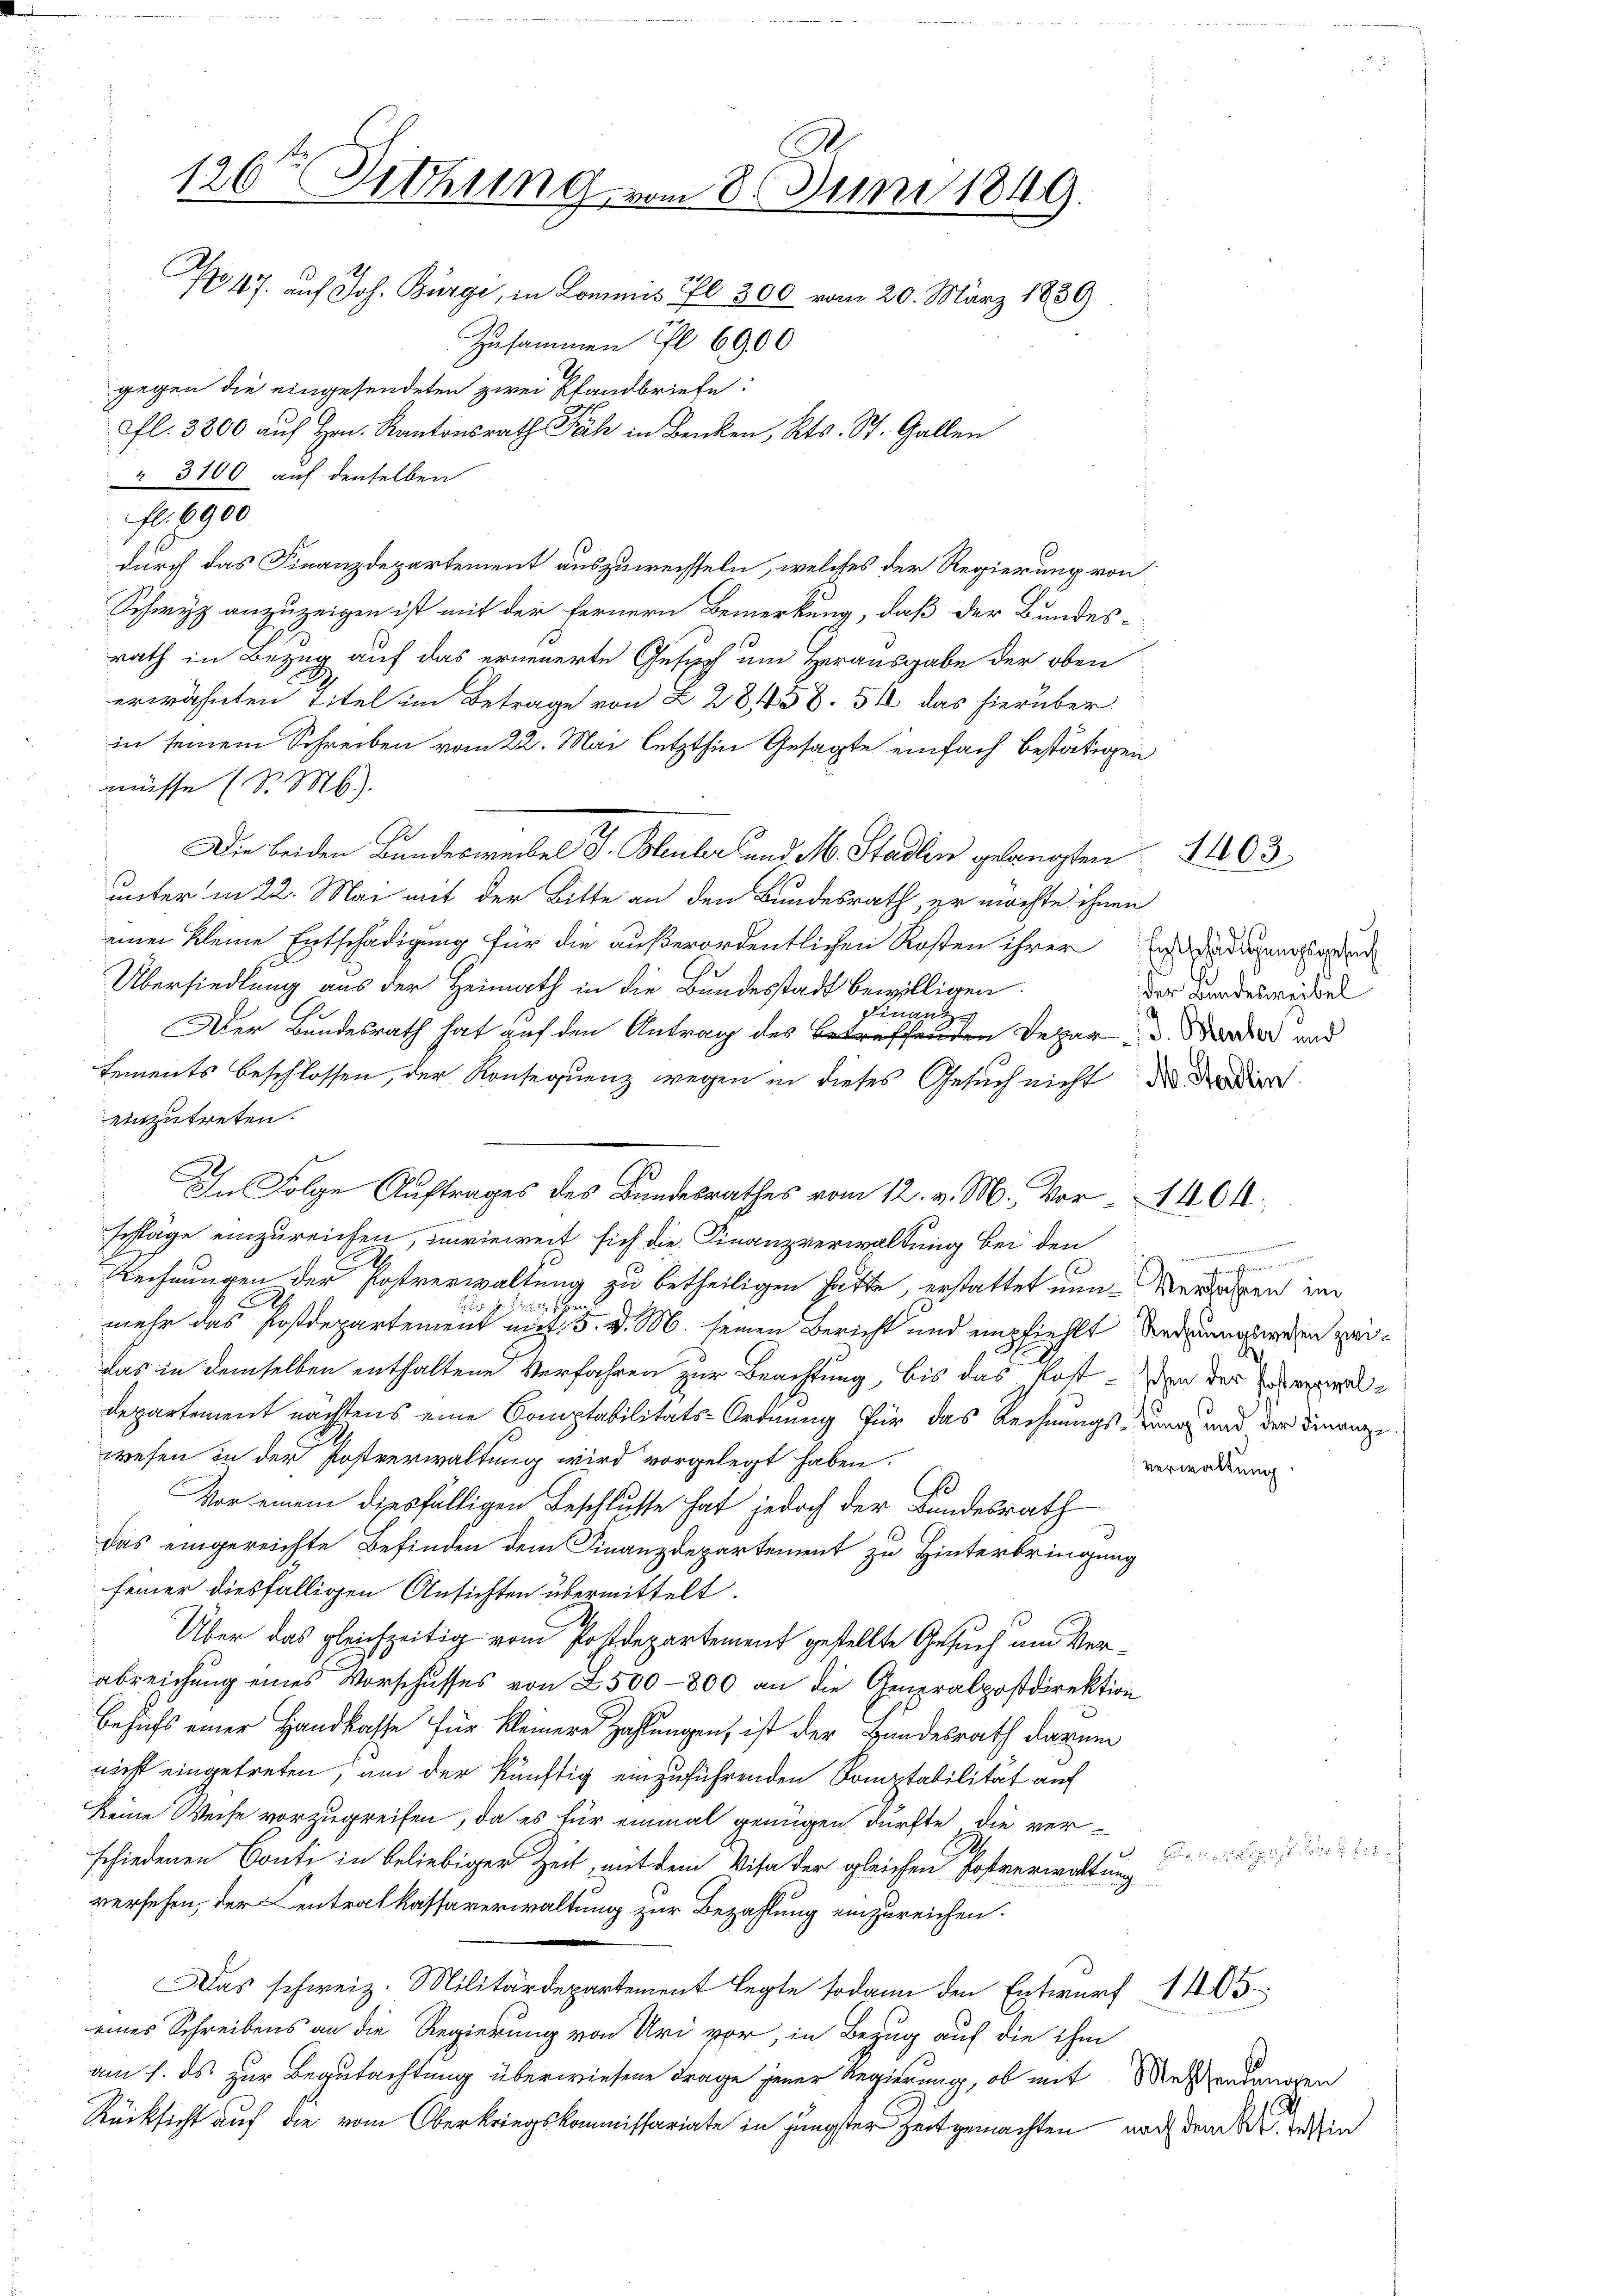
fl. 6900
durch das Finanzdepartement auszuweisseln, welches der Regierung von
Schwyz anzuzeigen ist mit der Fernern Bemerkung, daß der Bundes-
rath in Bezug auf das erneuerte Gesuch um Herausgabe der oben
erwähnten Titel im Betrage von § 28158. 51 das hierüber
in seinem Schreiben vom 22. Mai letzthin Gesagte einfach bestätigen
müsse (d. M.).
e
Die beiden Bandesweiben S. Bleuler und M. Stadlin gelangten 1403
unter in 22. Mai mit der Bitte an den Bundesrath, er möchte ihnen
einen Kleine Entschädigung für die außerordentlichen Kosten ihrer Engadieren
Übersiedlung aus der Heimath in die Bundesstadt bewilligen.
Finanz
Der Bundesrath hat auf den Antrag des betreffenden Depar d. Werden und
Lements beschlossen, der Konsequenz wegen in dieses Gesuch nicht der die
einzutreten.
schläge einzureichen, inwieweit sich die Finanzverwaltung bei den
Rechnungen der Postverwaltung zu betheiligen hatte, erstattet nun- Verlagen im
n Ehe
mehr das Postdepartement mit 3. d. M. seinen Bericht und empfiehlt Redrungswegen zeidas in demselben enthaltene Verfahren zur Beachtung, bis das Kosten der e
.
departement nächstens eine Comptabilitäts-Ordnung für das Rechnungs-Kunz und der Finanze
wesen in der Postverwaltung wird vorgelegt haben.
Vor einem diesfälligen Beschlusse hat jedoch der Bundesrath
das eingereichte Befinden dem Finanzdepartement zu Hinterbringung
seiner diesfälligen Ansichten übermittelt.
Über das gleichzeitig vom Postdepartement gestellte Gesuch um Verabreichung eines Vorschusses von 2500–800 an die Generalpostdirektion
Besuchs einer Handkasse für kleinere Zahlungen, ist der Bundesrath darum
nicht eingetreten, um der künftig einzuführenden Komptabilität auf
keine Weise vorzugreifen, da es für einmal genügen dürfte, die verschiedenen Conti in beliebiger Zeit, mit dem Visa der gleichen Postverwaltung
versehen, der Centralkassaverwaltung zur Bezahlung einzureichen.
Das schweiz. Militärdepartement legte sodann den Entwurf 1405
eines Schreibens an die Regierung von Uri vor, in Bezug auf die ihm
am 1. ds. zur Begutachtung überwiesene Frage jener Regierung, ob mit Messendungen
Rücksicht auf die vom Oberkriegskommissariate in jüngster Zeitgemachten nachdem ein

126te Sitzung vom 8. Juni 1849.
No 47. auf Joh. Bürgi, in Commis fl 300 vom 20. März 1839
Zusammen I 6900
gegen die eingesendeten zwei Pfandbriefe:
fl. 3800 auf Hrn. Kantonsrath Fäh in Benken, Kts. St. Gallen
 3100 auf denselben

In Folge Auftrages des Bandesrathes vom 12. v. M. Vor- 404.

der Landesreibel

dere unvereinstreichen
e
verwaltung.